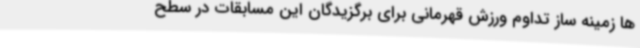
ها زمینه ساز تداوم ورزش قهرمانی برای برگزیدگان این مسابقات در سطح